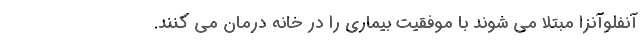
آنفلوآنزا مبتلا می شوند با موفقیت بیماری را در خانه درمان می کنند.